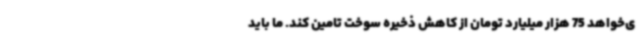
ی‌خواهد 75 هزار میلیارد تومان از کاهش ذخیره سوخت تامین کند. ما باید